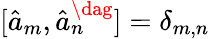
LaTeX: [\hat{a}_{m},\hat{a}_{n}^{\dag}]=\delta_{m,n}